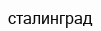
сталинград